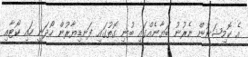
އެ ކޮމިޝަނުން ނެރުނު ބަޔާނެއްގައި ބުނި ގޮތުގައި ފަނޑިޔާރުން ހޯދަނީ ހައި ކޯޓާއި